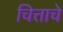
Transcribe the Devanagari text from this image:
चित्ताचे